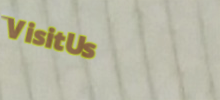
VisitUs